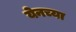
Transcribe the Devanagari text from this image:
येनच्या